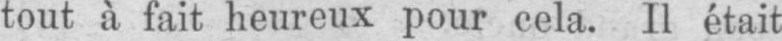
tout à fait heureux pour cela. Il était